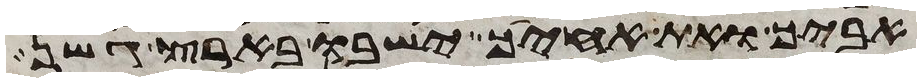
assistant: אביך ואת אחיך ישבו בארץ גשן